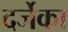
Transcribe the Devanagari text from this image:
दर्जेका